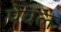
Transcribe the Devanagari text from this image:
पेवल